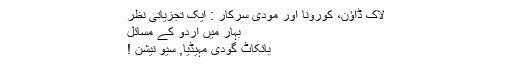
لاک ڈاؤن، کورونا اور مودی سرکار : ایک تجزیاتی نظر
بہار میں اردو کے مسائل
بائکاٹ گودی مہیڈیا, سیو نیشن !